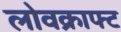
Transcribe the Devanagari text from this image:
लोवक्राफ्ट